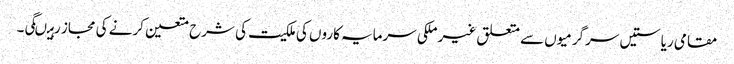
مقامی ریاستیں سرگرمیوں سے متعلق غیر ملکی سرمایہ کاروں کی ملکیت کی شرح متعین کرنے کی مجاز رہیںگی۔